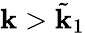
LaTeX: \mathbf{k}>\tilde{{\mathbf{k}}}_{1}